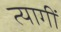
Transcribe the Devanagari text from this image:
त्यागीं